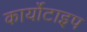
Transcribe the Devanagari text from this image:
कार्योटाइप